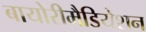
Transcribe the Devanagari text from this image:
बायोरीमैडियेशन